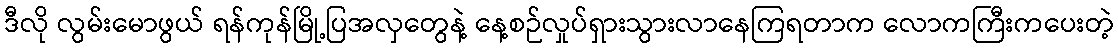
ဒီလို လွမ်းမောဖွယ် ရန်ကုန်မြို့ပြအလှတွေနဲ့ နေ့စဉ်လှုပ်ရှားသွားလာနေကြရတာက လောကကြီးကပေးတဲ့